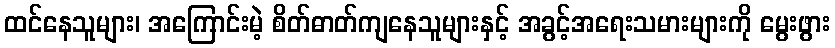
ထင်နေသူများ၊ အကြောင်းမဲ့ စိတ်ဓာတ်ကျနေသူများနှင့် အခွင့်အရေးသမားများကို မွေးဖွား